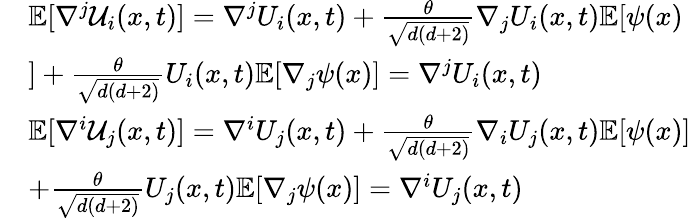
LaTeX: \begin{array}{rl}&{\mathbb{E}[\nabla^{j}\mathcal{U}_{i}(x,t)]=\nabla^{j}U_{i}(x,t)+\frac{\theta}{\sqrt{d(d+2)}}\nabla_{j}U_{i}(x,t)\mathbb{E}[\psi(x)}\\ &{]+\frac{\theta}{\sqrt{d(d+2)}}U_{i}(x,t)\mathbb{E}[\nabla_{j}\psi(x)]=\nabla^{j}U_{i}(x,t)}\\ &{\mathbb{E}[\nabla^{i}\mathcal{U}_{j}(x,t)]=\nabla^{i}U_{j}(x,t)+\frac{\theta}{\sqrt{d(d+2)}}\nabla_{i}U_{j}(x,t)\mathbb{E}[\psi(x)]}\\ &{+\frac{\theta}{\sqrt{d(d+2)}}U_{j}(x,t)\mathbb{E}[\nabla_{j}\psi(x)]=\nabla^{i}U_{j}(x,t)}\end{array}